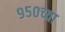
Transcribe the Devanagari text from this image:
९५०च्या